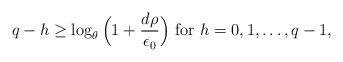
LaTeX: \begin{align*} q-h\ge \log_{\theta}\Big(1+\frac{d \rho}{\epsilon_0}\Big)~{\rm for}~h=0,1,\dots,q-1, \end{align*}